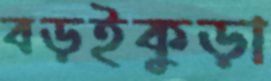
বড়ইকুড়া